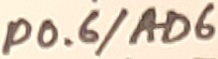
Text: P0.6/AD6